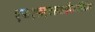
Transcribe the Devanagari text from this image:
एफएफएक्सआईक्लोपिडिया